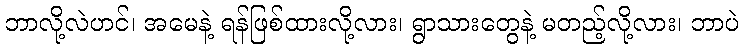
ဘာလို့လဲဟင်၊ အမေနဲ့ ရန်ဖြစ်ထားလို့လား၊ ရွာသားတွေနဲ့ မတည့်လို့လား၊ ဘာပဲ